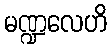
မဏ္ဍလေဟိ